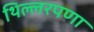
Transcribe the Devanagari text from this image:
थिल्लरपणा